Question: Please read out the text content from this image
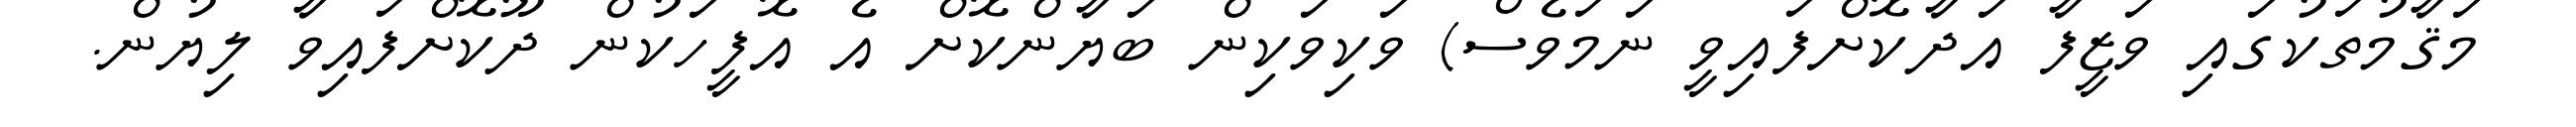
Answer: މަޤާމުތަކުގައި ވަޒީފާ އަދާކޮށްފައިވީ ނަމަވެސް) ވަކިވަކިން ބަޔާންކޮށް އެ އޮފީހަކުން ދޫކޮށްފައިވާ ލިޔުން.